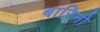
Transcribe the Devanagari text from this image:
बारिनो